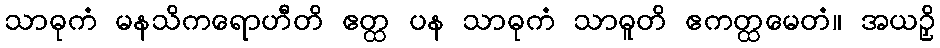
သာဓုကံ မနသိကရောဟီတိ ဧတ္ထ ပန သာဓုကံ သာဓူတိ ဧကတ္ထမေတံ။ အယဉှိ